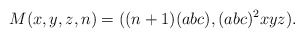
\begin{align*} M(x,y,z,n) = ((n+1)(abc), (abc)^{2} xyz).\end{align*}